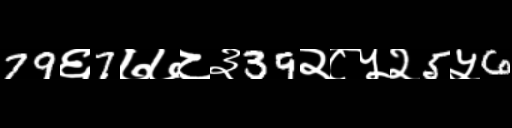
Text: 79६7७७८३39२८५२5५6